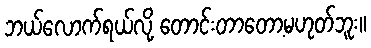
ဘယ်လောက်ရယ်လို့ တောင်းတာတော့မဟုတ်ဘူး။